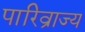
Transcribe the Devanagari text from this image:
पारिव्राज्य